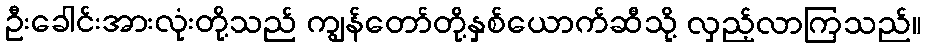
ဦးခေါင်းအားလုံးတို့သည် ကျွန်တော်တို့နှစ်ယောက်ဆီသို့ လှည့်လာကြသည်။